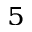
^ { 5 }